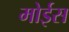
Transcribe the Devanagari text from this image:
मोईस